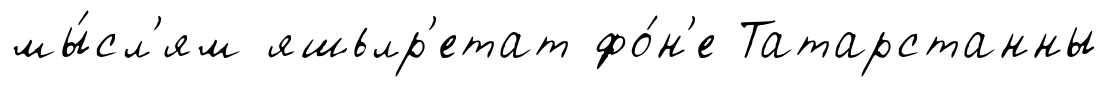
мы́сл'ям яшьлр'етат фо́н'е Татарстанны